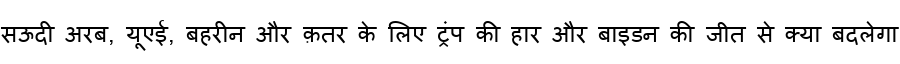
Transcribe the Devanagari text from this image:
सऊदी अरब, यूएई, बहरीन और क़तर के लिए ट्रंप की हार और बाइडन की जीत से क्या बदलेगा